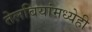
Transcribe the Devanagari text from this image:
तेलबियांमध्येही